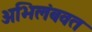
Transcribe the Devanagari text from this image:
अभिलंबवत